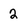
Character: 2